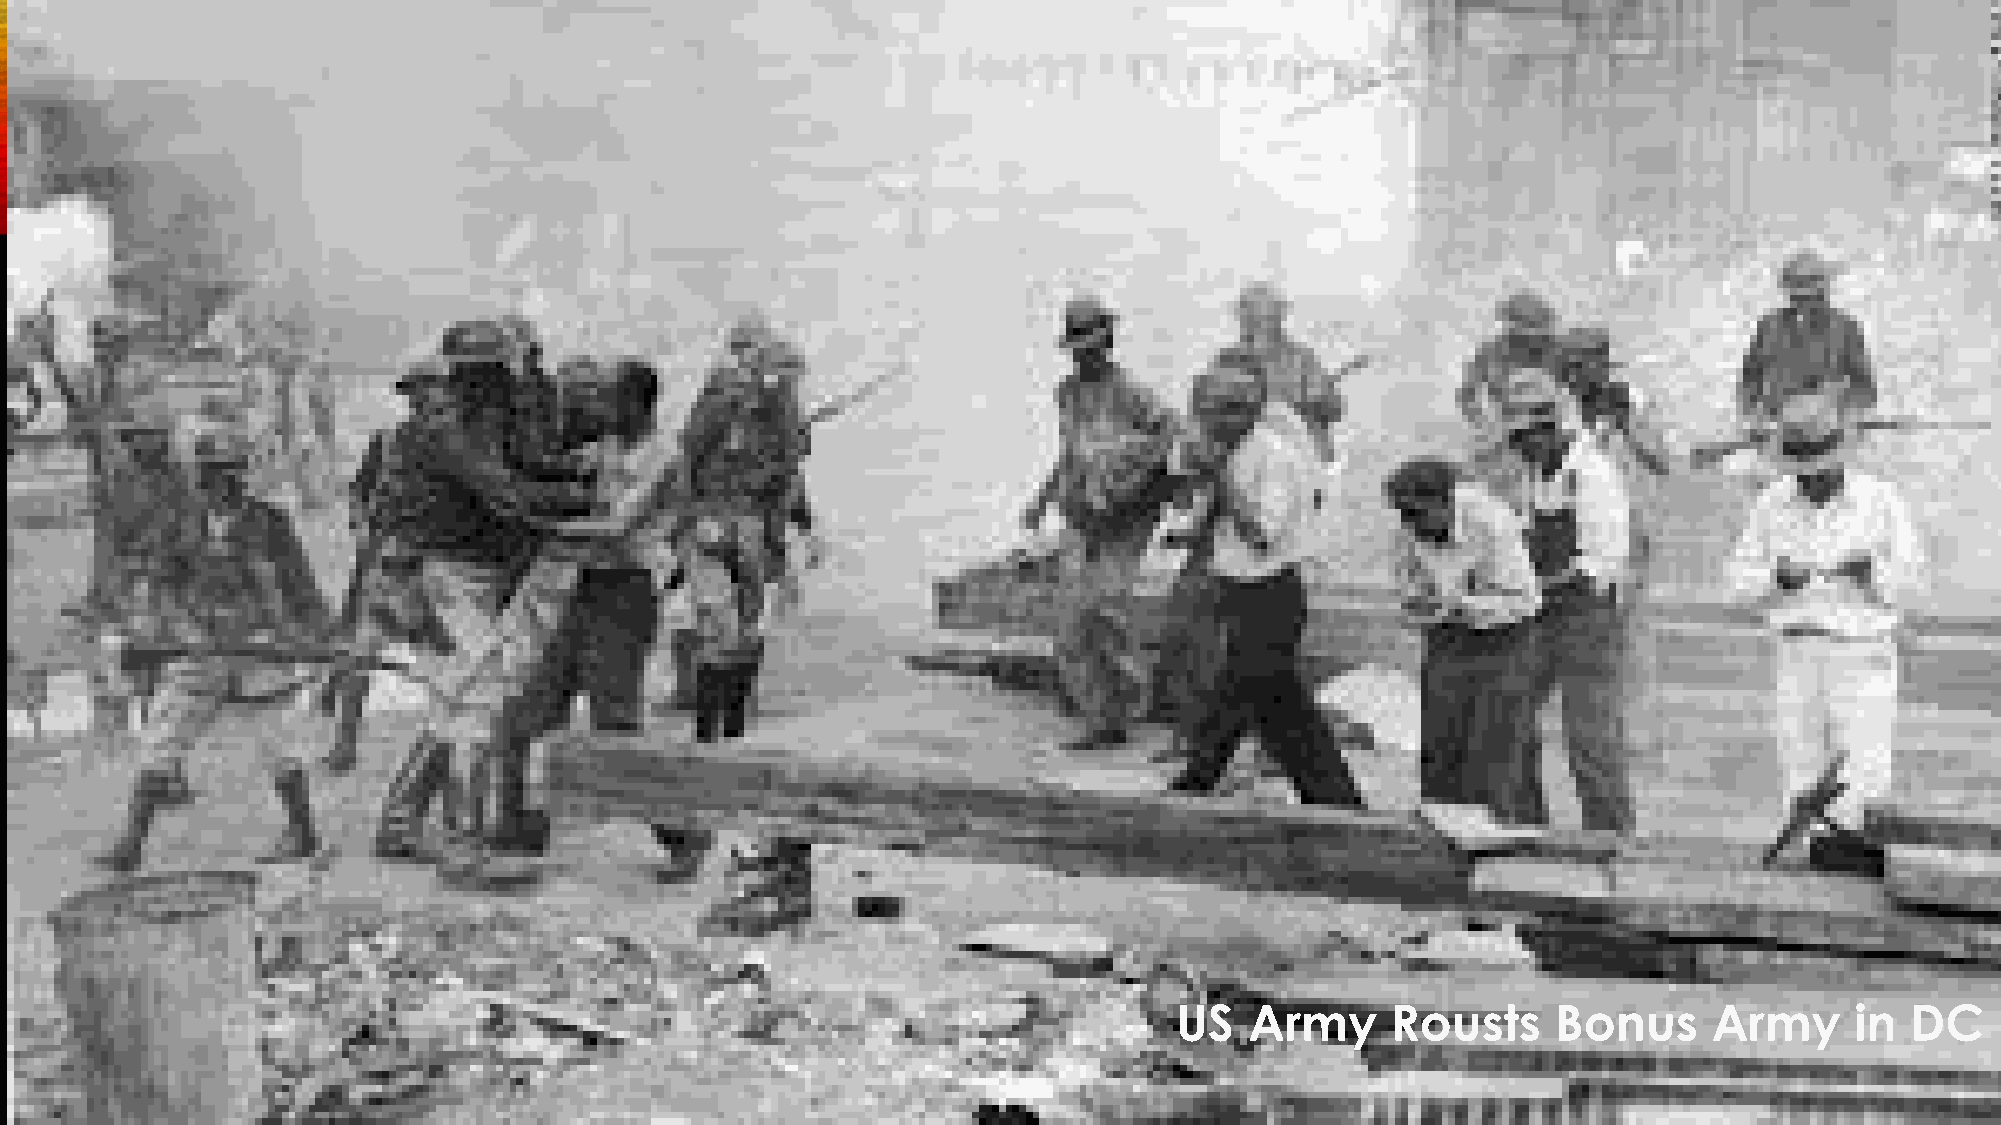
US   Army     Rousts     Bonus     Army      in DC